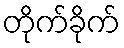
တိုက်ခိုက်